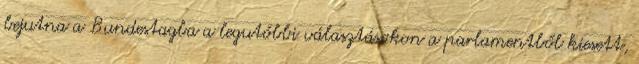
bejutna a Bundestagba a legutóbbi választásokon a parlamentből kiesett,